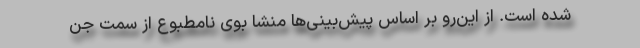
شده است. از این‌رو بر اساس پیش‌بینی‌ها منشا بوی نامطبوع از سمت جن